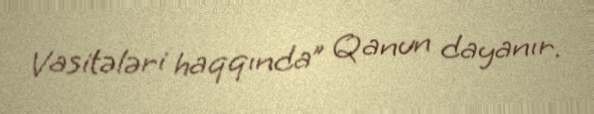
Vasitələri haqqında” Qanun dayanır.